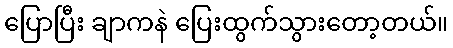
ပြောပြီး ချာကနဲ ပြေးထွက်သွားတော့တယ်။